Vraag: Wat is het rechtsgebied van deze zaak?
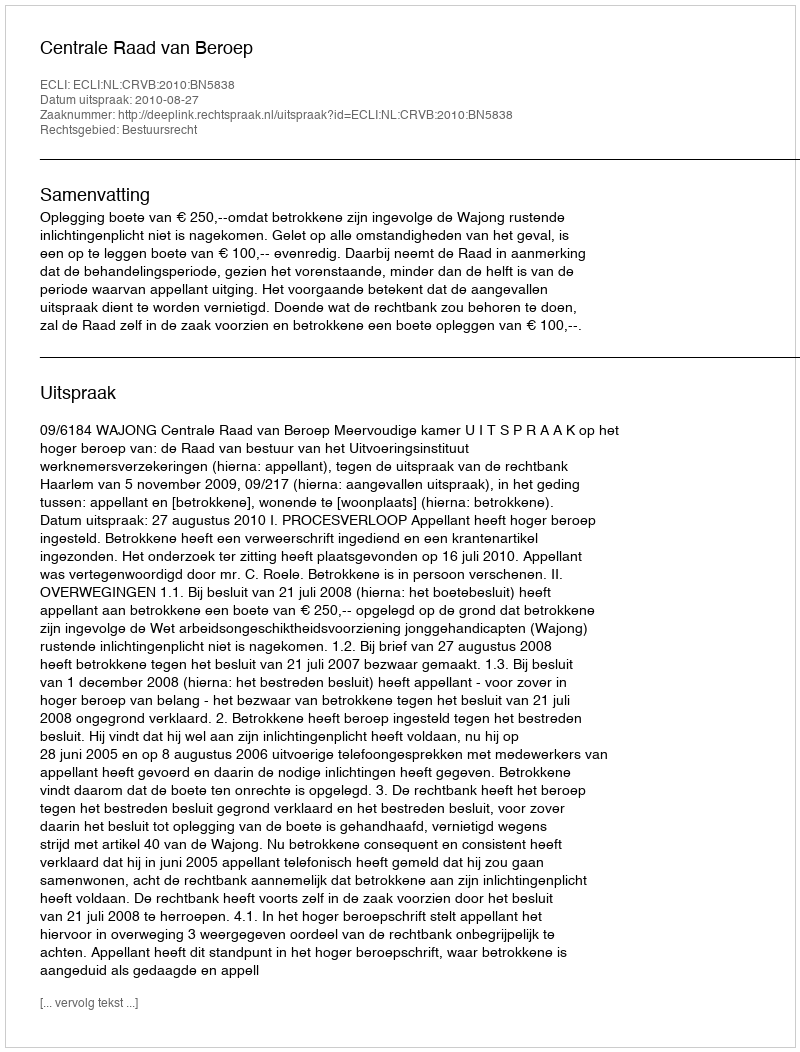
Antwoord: Bestuursrecht